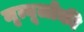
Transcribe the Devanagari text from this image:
मृत्यूलोकी